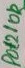
Text: PO1210R